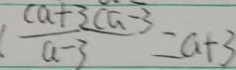
\frac { ( a + 3 c a - 3 ) } { a - 3 } = a + 3